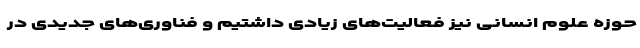
حوزه علوم انسانی نیز فعالیت‌های زیادی داشتیم و فناوری‌های جدیدی در